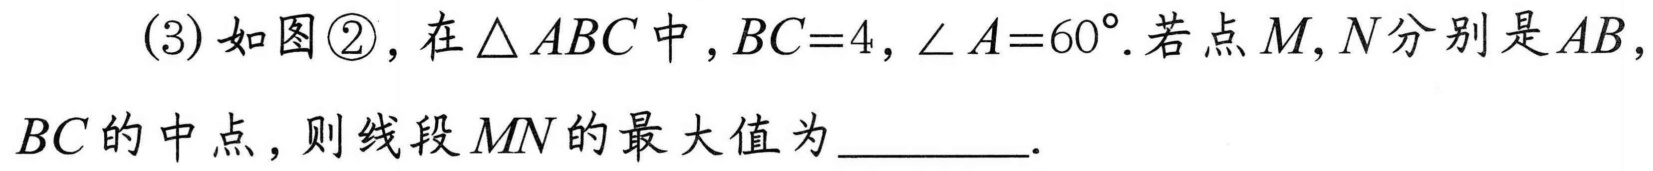
(3) 如图\textcircled{2}, 在\(\triangle ABC\)中,\(BC = 4\),\(\angle A = 60^{\circ}\). 若点\(M,N\)分别是\(AB\),
\(BC\)的中点, 则线段\(MN\)的最大值为________.